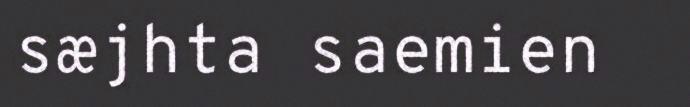
sæjhta saemien